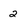
Character: 2